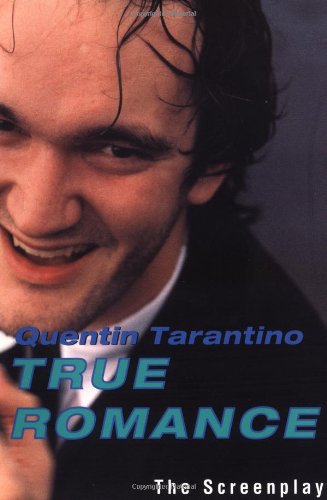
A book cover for True Romance: The Screenplay; Quentin Tarantino; Romance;